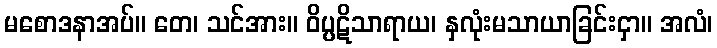
မစောဒနာအပ်။ တေ၊ သင်အား။ ဝိပ္ပဋိသာရာယ၊ နှလုံးမသာယာခြင်းငှာ။ အလံ၊